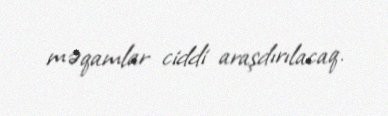
məqamlar ciddi araşdırılacaq.